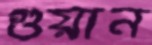
গুয়ান